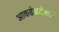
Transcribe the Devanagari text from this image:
आकडेवारीसाठी